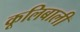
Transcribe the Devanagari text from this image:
कूलिबाली